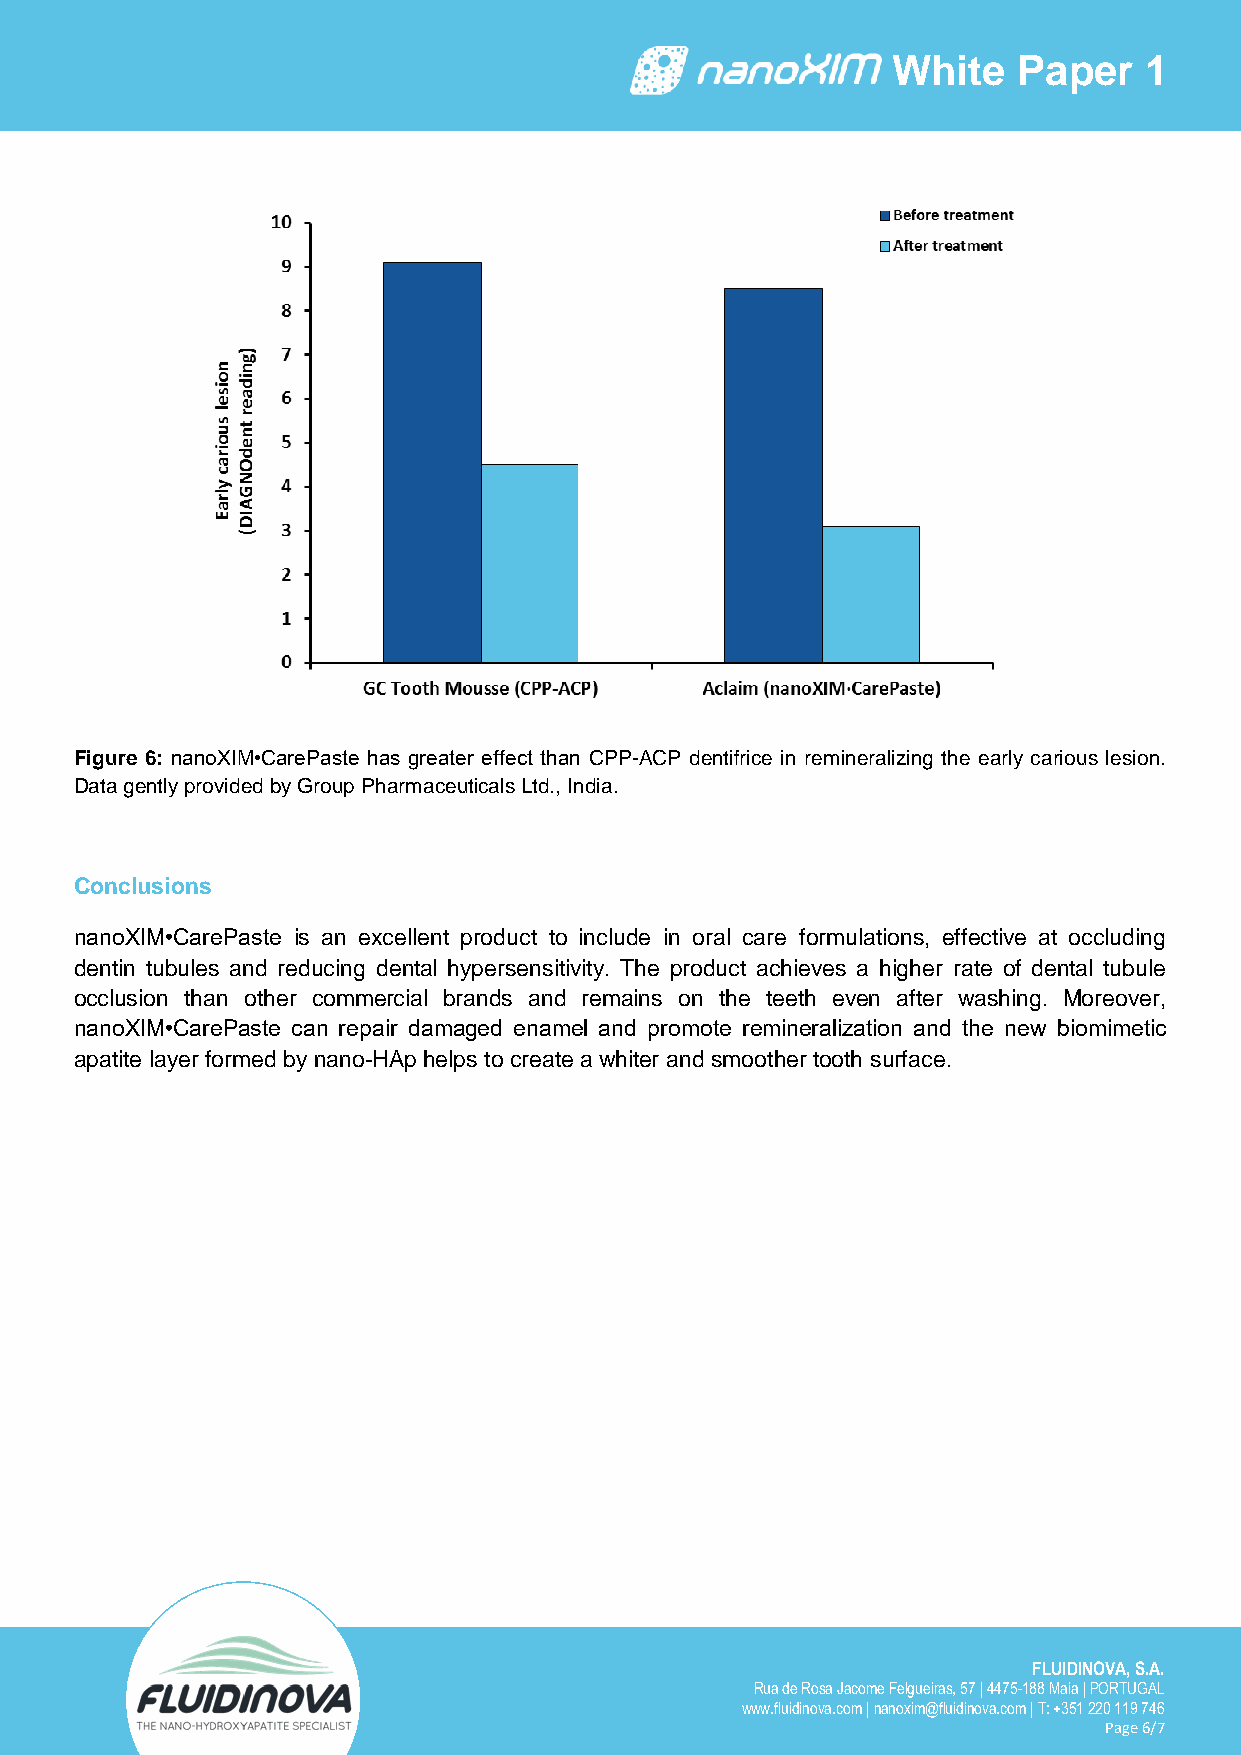
White   Paper    1
 Figure 6: nanoXIM•CarePaste has greater effect than CPP-ACP dentifrice in remineralizing the early carious lesion.
 Data gently provided by Group Pharmaceuticals Ltd., India.
 Conclusions
 nanoXIM•CarePaste is an excellent product to include in oral care formulations, effective at occluding
 dentin tubules and reducing dental hypersensitivity. The product achieves a higher rate of dental tubule
 occlusion than other commercial brands and remains on the teeth even after washing. Moreover,
 nanoXIM•CarePaste can repair damaged enamel and promote remineralization and the new biomimetic
 apatite layer formed by nano-HAp helps to create a whiter and smoother tooth surface.
 FLUIDINOVA, S.A.
 Rua de Rosa Jacome Felgueiras, 57 | 4475-188 Maia | PORTUGAL
 6
 www.fluidinova.com | nanoxim@fluidinova.com | T: +351 220 119 746
 Page 6/7